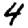
Digit: 4